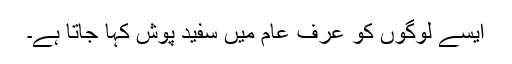
ایسے لوگوں کو عرف عام میں سفید پوش کہا جاتا ہے۔